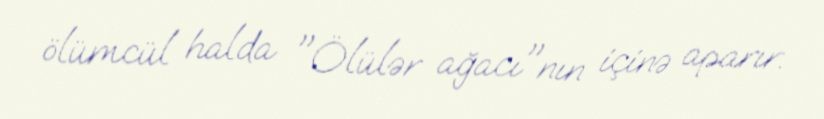
ölümcül halda "Ölülər ağacı"nın içinə aparır.